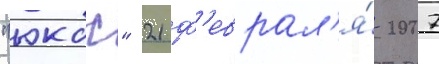
"юкос" 21 ф'еврал'я́ 2007